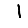
Digit: 1